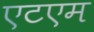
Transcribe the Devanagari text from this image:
एटएम